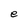
Character: e